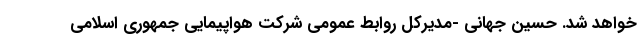
خواهد شد. حسین جهانی -مدیرکل روابط عمومی شرکت هواپیمایی جمهوری اسلامی